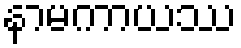
နာမကာယဿ